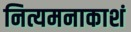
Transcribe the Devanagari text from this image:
नित्यमनाकाशं